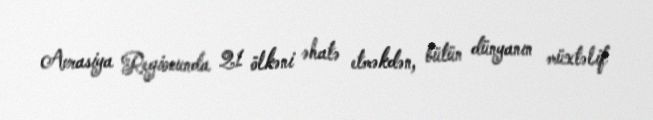
Avrasiya Regionunda 21 ölkəni əhatə etməkdən, bütün dünyanın müxtəlif